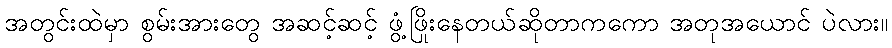
အတွင်းထဲမှာ စွမ်းအားတွေ အဆင့်ဆင့် ဖွံ့ဖြိုးနေတယ်ဆိုတာကကော အတုအယောင် ပဲလား။